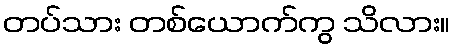
တပ်သား တစ်ယောက်ကွ သိလား။